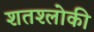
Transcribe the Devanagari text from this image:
शतश्लोकी